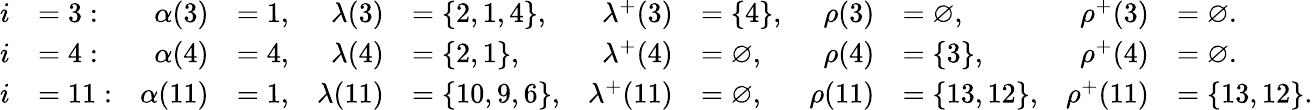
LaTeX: \begin{array}{rlrlrlrlrlrl}{i}&{=3:}&{\alpha(3)}&{=1,}&{\lambda(3)}&{=\{ 2,1,4\} ,}&{\lambda^{+}(3)}&{=\{ 4\} ,}&{\rho(3)}&{=\varnothing,}&{\rho^{+}(3)}&{=\varnothing.}\\ {i}&{=4:}&{\alpha(4)}&{=4,}&{\lambda(4)}&{=\{ 2,1\} ,}&{\lambda^{+}(4)}&{=\varnothing,}&{\rho(4)}&{=\{ 3\} ,}&{\rho^{+}(4)}&{=\varnothing.}\\ {i}&{=11:}&{\alpha(11)}&{=1,}&{\lambda(11)}&{=\{ 10,9,6\} ,}&{\lambda^{+}(11)}&{=\varnothing,}&{\rho(11)}&{=\{ 13,12\} ,}&{\rho^{+}(11)}&{=\{ 13,12\} .}\end{array}